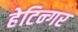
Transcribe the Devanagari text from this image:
हेटिन्गर